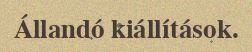
Állandó kiállítások.